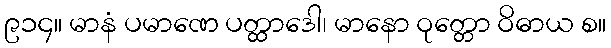
၉၁၄။ မာနံ ပမာဏေ ပတ္ထာဒေါ၊ မာနော ဝုတ္တော ဝိဓာယ စ။